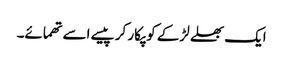
ایک بھلے لڑکے کو پکار کر پیسے اسے تھمائے۔